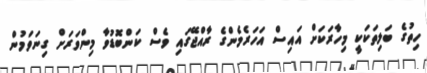
ހިތުގެ ބަލިތަކަކީ މިހާރަކަށް އައިސް އަހަރެމެންގެ ރާއްޖޭގައި ވެސް ކަންބޮޑުވާ މިންވަރަށް ގިނަވަމުން